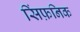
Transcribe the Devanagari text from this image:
सिंफ़निक